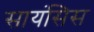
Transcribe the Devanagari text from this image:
सायंसिस